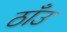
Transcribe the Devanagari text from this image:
ठाँउ